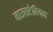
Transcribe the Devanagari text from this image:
माउसटेरियन